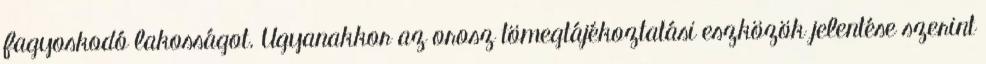
fagyoskodó lakosságot. Ugyanakkor az orosz tömegtájékoztatási eszközök jelentése szerint